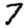
Digit: 7